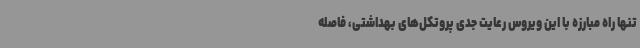
تنها راه مبارزه با این ویروس رعایت جدی پروتکل‌های بهداشتی، فاصله